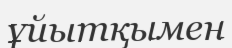
ұйытқымен